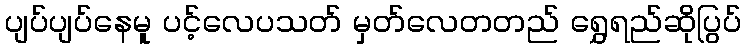
ပျပ်ပျပ်နေမူ ပင့်လေပသတ် မှတ်လေတတည် ရွှေရည်ဆိုပြွပ်